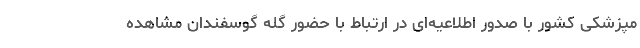
مپزشکی کشور با صدور اطلاعیه‌ای در ارتباط با حضور گله گوسفندان مشاهده